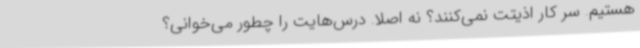
هستیم. ‌سر کار اذیتت نمی‌کنند؟ نه اصلاً. ‌درس‌هایت را چطور می‌خوانی؟